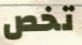
تخص